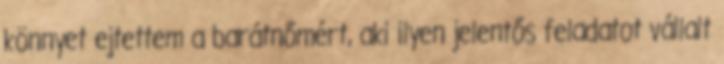
könnyet ejtettem a barátnőmért, aki ilyen jelentős feladatot vállalt